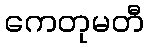
ကေတုမတီ